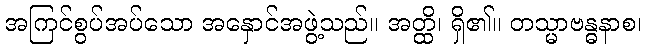
အကြင်စွပ်အပ်သော အနှောင်အဖွဲ့သည်။ အတ္ထိ၊ ရှိ၏။ တသ္မာဗန္ဓနာစ၊